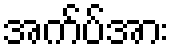
အက်ပ်အား